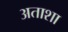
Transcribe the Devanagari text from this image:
अताशा